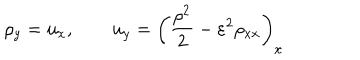
\rho _ { y } = u _ { x } , \qquad u _ { y } = \left( \frac { \rho ^ { 2 } } { 2 } - \varepsilon ^ { 2 } \rho _ { x x } \right) _ { x }